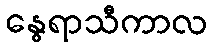
နွေရာသီကာလ